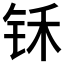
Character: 𰽬